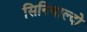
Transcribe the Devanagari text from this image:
सिनिबाल्दो